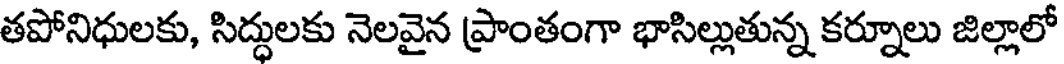
తపోనిధులకు, సిద్ధులకు నెలవైన ప్రాంతంగా భాసిల్లుతున్న కర్నూలు జిల్లాలో